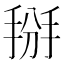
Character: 掰